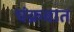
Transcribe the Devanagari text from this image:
चंक्रवात